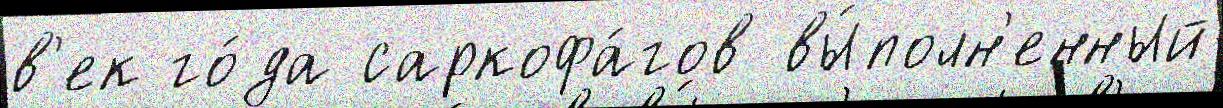
в'ек го́да саркофа́гов вы́полн'енный